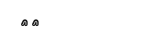
٢٨